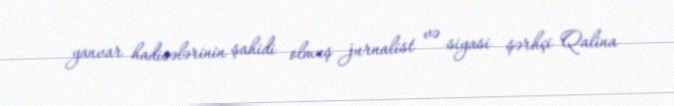
yanvar hadisələrinin şahidi olmuş jurnalist və siyasi şərhçi Qalina